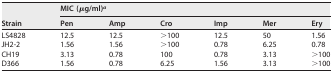
| <ROWSPAN=2> Strain | <COLSPAN=6> MIC (μg/ml)a |
 | Pen | Amp | Cro | Imp | Mer | Ery |
 | --- | --- | --- | --- | --- | --- | --- |
 | LS4828 | 12.5 | 12.5 | >100 | 12.5 | 50 | 1.56 |
 | JH2-2 | 1.56 | 1.56 | >100 | 0.78 | 6.25 | 0.78 |
 | CH19 | 3.13 | 0.78 | 100 | 0.78 | 3.13 | >100 |
 | D366 | 1.56 | 0.78 | 6.25 | 1.56 | 3.13 | >100 |